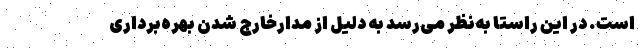
است. در این راستا به‌نظر می‌رسد به دلیل از مدارخارج شدن بهره‌برداری